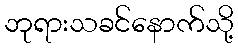
ဘုရားသခင်နောက်သို့